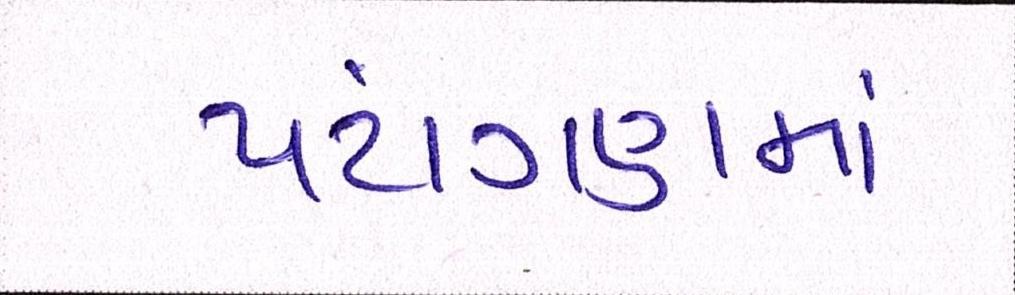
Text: પટાંગણમાં